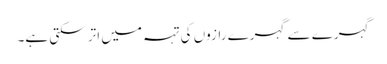
گہرے سے گہرے رازوں کی تہہ میں اتر سکتی ہے۔